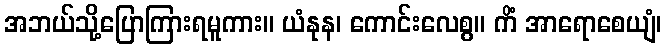
အဘယ်သို့ပြောကြားရမူကား။ ယံနုန၊ ကောင်းလေစွ။ ကိံ အာရောစေယျံ၊